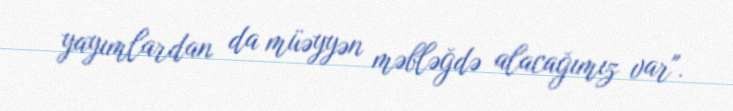
yayımlardan da müəyyən məbləğdə alacağımız var".